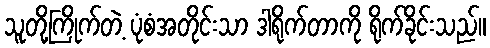
သူတို့ကြိုက်တဲ့ ပုံစံအတိုင်းသာ ဒါရိုက်တာကို ရိုက်ခိုင်းသည်။